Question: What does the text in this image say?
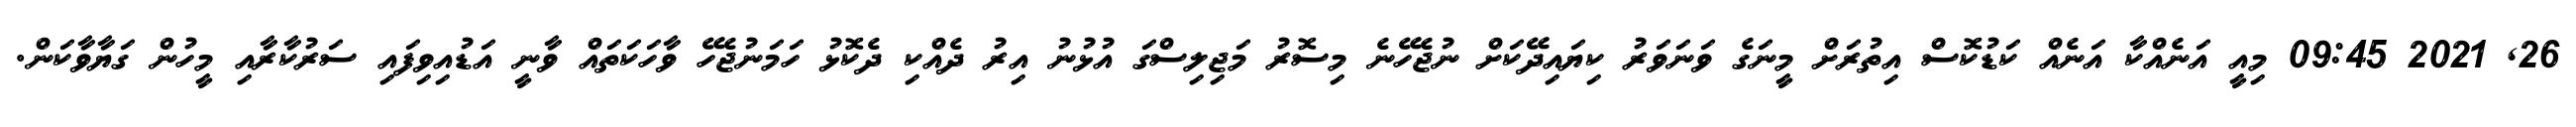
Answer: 26, 2021 09:45 މިއީ އަނެއްކާ އަނެއް ކަޑުކޮސް އިތުރަށް މީނަގެ ވަނަވަރު ކިޔައިދޭކަށް ނުޖެހޭނެ މިސޮރު މަޖިލިސްގަ އުޅުނު އިރު ދެއްކި ދެކޮޅު ހަމަނުޖެހޭ ވާހަކަތައް ވާނީ އަޑުއިވިފައި ސަރުކާރާއި މީހުން ގަޔާވާކަން.